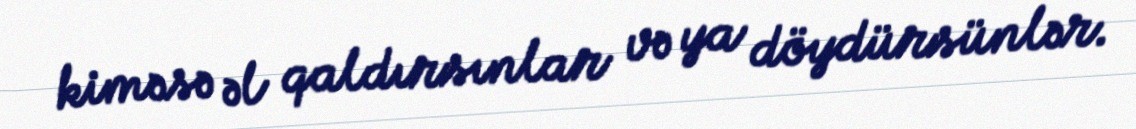
kiməsə əl qaldırsınlar və ya döydürsünlər.